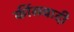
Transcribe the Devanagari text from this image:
कींसवादी